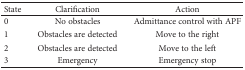
| State | Clarification | Action |
 | --- | --- | --- |
 | 0 | No obstacles | Admittance control with APF |
 | 1 | Obstacles are detected | Move to the right |
 | 2 | Obstacles are detected | Move to the left |
 | 3 | Emergency | Emergency stop |